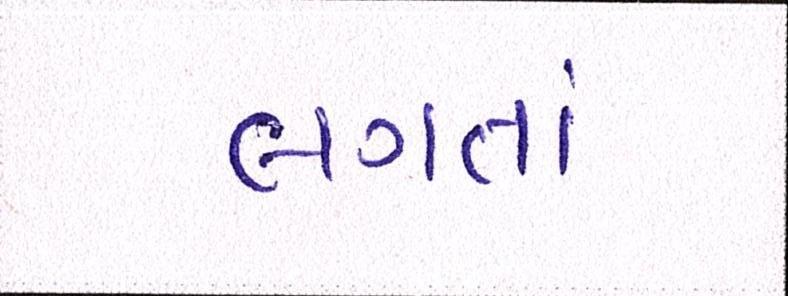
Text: લગતાં